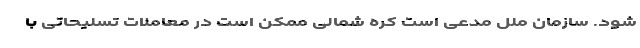
شود. سازمان ملل مدعی است کره شمالی ممکن است در معاملات تسلیحاتی با